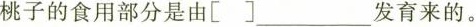
桃子的食用部分是由[ 〕___发育来的。